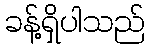
ခန့်ရှိပါသည်